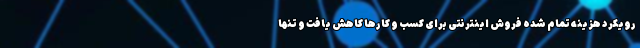
رویکرد هزینه تمام شده فروش اینترنتی برای کسب و کارها کاهش یافت و تنها